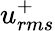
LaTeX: u_{rms}^{+}